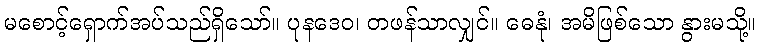
မစောင့်ရှောက်အပ်သည်ရှိသော်။ ပုနဒေဝ၊ တဖန်သာလျှင်။ ဓေနုံ၊ အမိဖြစ်သော နွားမသို့။